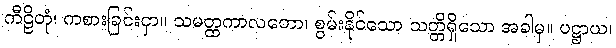
ကီဠိတုံ၊ ကစားခြင်းငှာ။ သမတ္ထကာလတော၊ စွမ်းနိုင်သော သတ္တိရှိသော အခါမှ။ ပဋ္ဌာယ၊